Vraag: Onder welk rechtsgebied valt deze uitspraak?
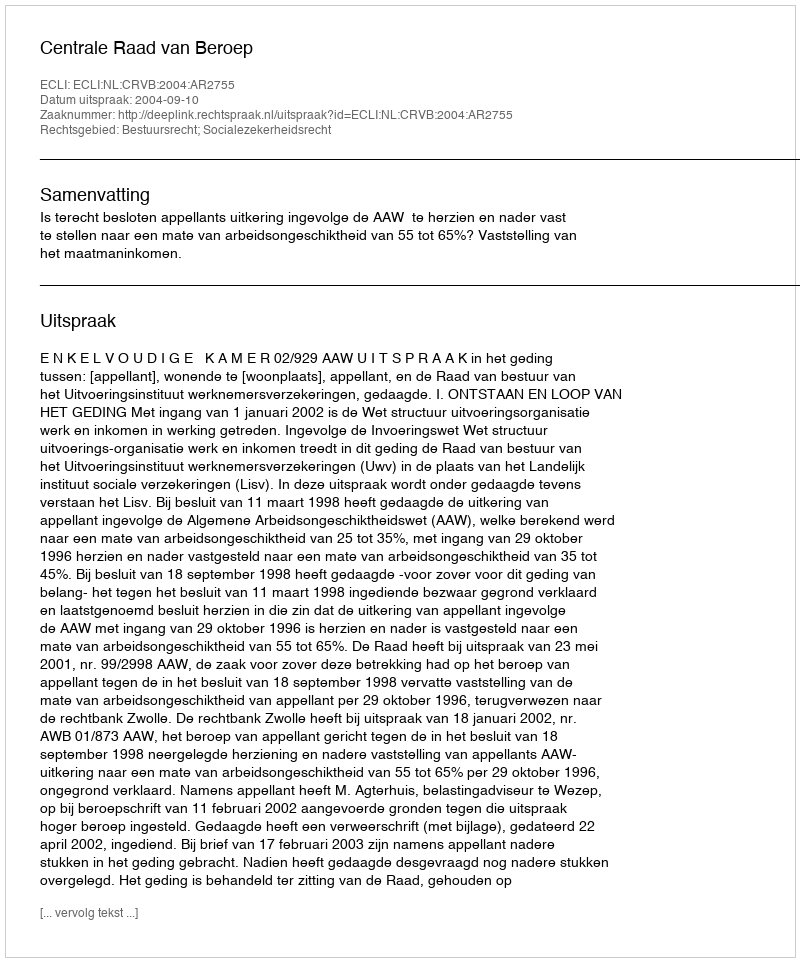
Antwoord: Bestuursrecht; Socialezekerheidsrecht